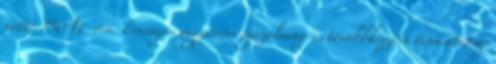
nettó 750 Ft óra. Érvényes vagyonőri igazolvány és továbbképzési tanúsítvány